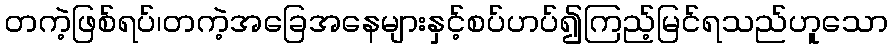
တကဲ့ဖြစ်ရပ်၊တကဲ့အခြေအနေများနှင့်စပ်ဟပ်၍ကြည့်မြင်ရသည်ဟူသော